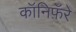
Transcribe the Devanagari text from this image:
कॉनिफ़ॅरे